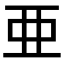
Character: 亜